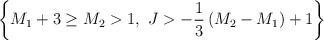
\begin{align*}\left\{M_1+3\ge M_2>1,~J>-{1\over 3}\left(M_2-M_1\right)+1\right\}\end{align*}